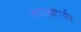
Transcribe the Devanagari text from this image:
अध्यक्षांपर्यंत